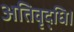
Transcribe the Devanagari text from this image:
अतिवृद्धि।